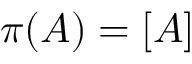
\pi ( A ) = [ A ]